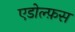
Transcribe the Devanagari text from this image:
एडोल्फ़स